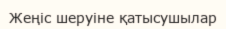
Жеңіс шеруіне қатысушылар